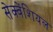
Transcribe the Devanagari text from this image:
सेक्वेंशियल